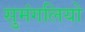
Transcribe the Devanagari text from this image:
सुमंगलियो